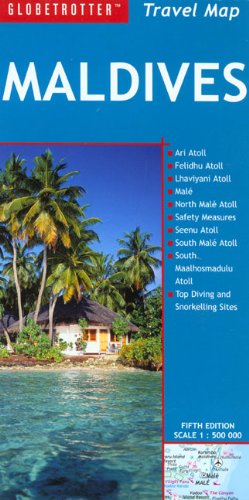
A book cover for Maldives Travel Map (Globetrotter Travel Map); Globetrotter; Travel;